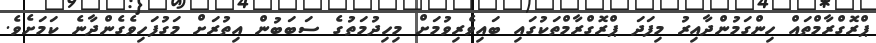
ޕްރޮގްރާމްތައް ހިންގަމުންދާއިރު މިފަދަ ޕްރޮގްރާމްތަކުގައި ބައިވެރިވުމަށް މިހިދުމަތުގެ ސަބަބުން އިތުރަށް މަގުފަހިވެގެންދާނެ ކަމަށެވެ.